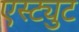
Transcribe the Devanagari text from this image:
एस्ट्युट